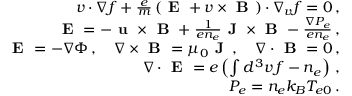
\begin{array} { r l r } & { } & { \boldsymbol { v } \cdot \nabla f + \frac { e } { m } \left( \textbf { E } + \boldsymbol { v } \times \textbf { B } \right) \cdot \nabla _ { \boldsymbol { v } } f = 0 \, , } \\ & { } & { \textbf { E } = - \textbf { u } \times \textbf { B } + \frac { 1 } { e n _ { e } } \textbf { J } \times \textbf { B } - \frac { \nabla P _ { e } } { e n _ { e } } \, , } \\ & { } & { \textbf { E } = - \nabla \Phi \, , \quad \nabla \times \textbf { B } = \mu _ { 0 } \textbf { J } \, , \quad \nabla \cdot \textbf { B } = 0 \, , } \\ & { } & { \nabla \cdot \textbf { E } = e \left( \int d ^ { 3 } v \, f - n _ { e } \right) \, , } \\ & { } & { P _ { e } = n _ { e } k _ { B } T _ { e 0 } \, . } \end{array}